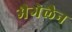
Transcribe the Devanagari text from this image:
मैगेलैन